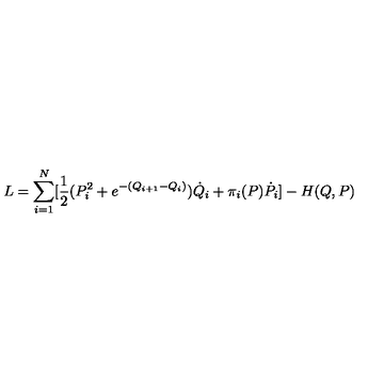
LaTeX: L = \sum _ { i = 1 } ^ { N } [ { \frac { 1 } { 2 } } ( P _ { i } ^ { 2 } + { e ^ { - ( Q _ { i + 1 } - Q _ { i } ) } } ) { \dot { Q } } _ { i } + \pi _ { i } ( P ) { \dot { P } } _ { i } ] - H ( Q , P )